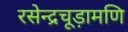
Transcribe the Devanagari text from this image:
रसेन्द्रचूड़ामणि